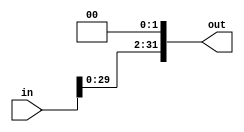
`timescale 1ns/1ps
module sflb2(
	input wire [31:0]in,
	output wire [31:0]out);
	
	assign out= in<<2;
endmodule